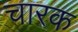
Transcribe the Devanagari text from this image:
चारक